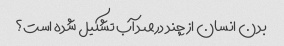
بدن انسان از چند درصد آب تشکیل شده است؟